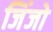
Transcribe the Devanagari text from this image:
जिंजो